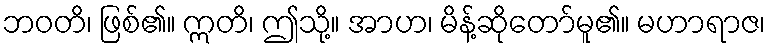
ဘဝတိ၊ ဖြစ်၏။ ဣတိ၊ ဤသို့။ အာဟ၊ မိန့်ဆိုတော်မူ၏။ မဟာရာဇ၊